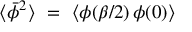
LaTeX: \langle \bar { \phi } ^ { 2 } \rangle \, \, = \, \, \langle \phi ( \beta / 2 ) \, \phi ( 0 ) \rangle